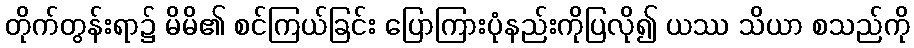
တိုက်တွန်းရာ၌ မိမိ၏ စင်ကြယ်ခြင်း ပြောကြားပုံနည်းကိုပြလို၍ ယဿ သိယာ စသည်ကို